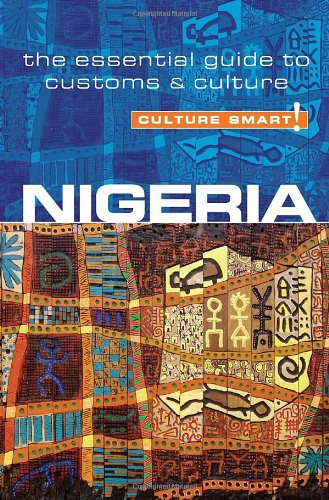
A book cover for Nigeria - Culture Smart!: The Essential Guide to Customs & Culture; Diane Lemieux; Business & Money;